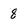
Character: 8